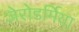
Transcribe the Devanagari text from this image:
जेरोडर्मिया